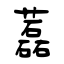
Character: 藞